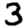
Digit: 3